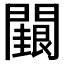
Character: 𮤢